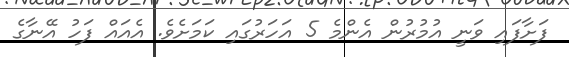
ފަށާފައި ވަނީ އުމުރުން އެންމެ 5 އަހަރުގައި ކަމަށެވެ. އެއައް ފަހު އޭނާގެ